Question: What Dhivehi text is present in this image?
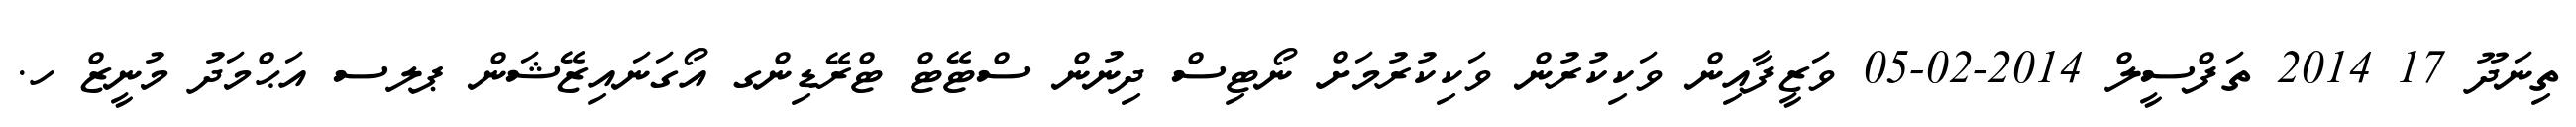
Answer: ތިނަދޫ 17 2014 ތަފްސީލް 2014-02-05 ވަޒީފާއިން ވަކިކުރުން ވަކިކުރުމަށް ނޯޓިސް ދިނުން ސްޓޭޓް ޓްރޭޑިންގ އޯގަނައިޒޭޝަން ޕލސ އަޙްމަދު މުނީޒް ހ.